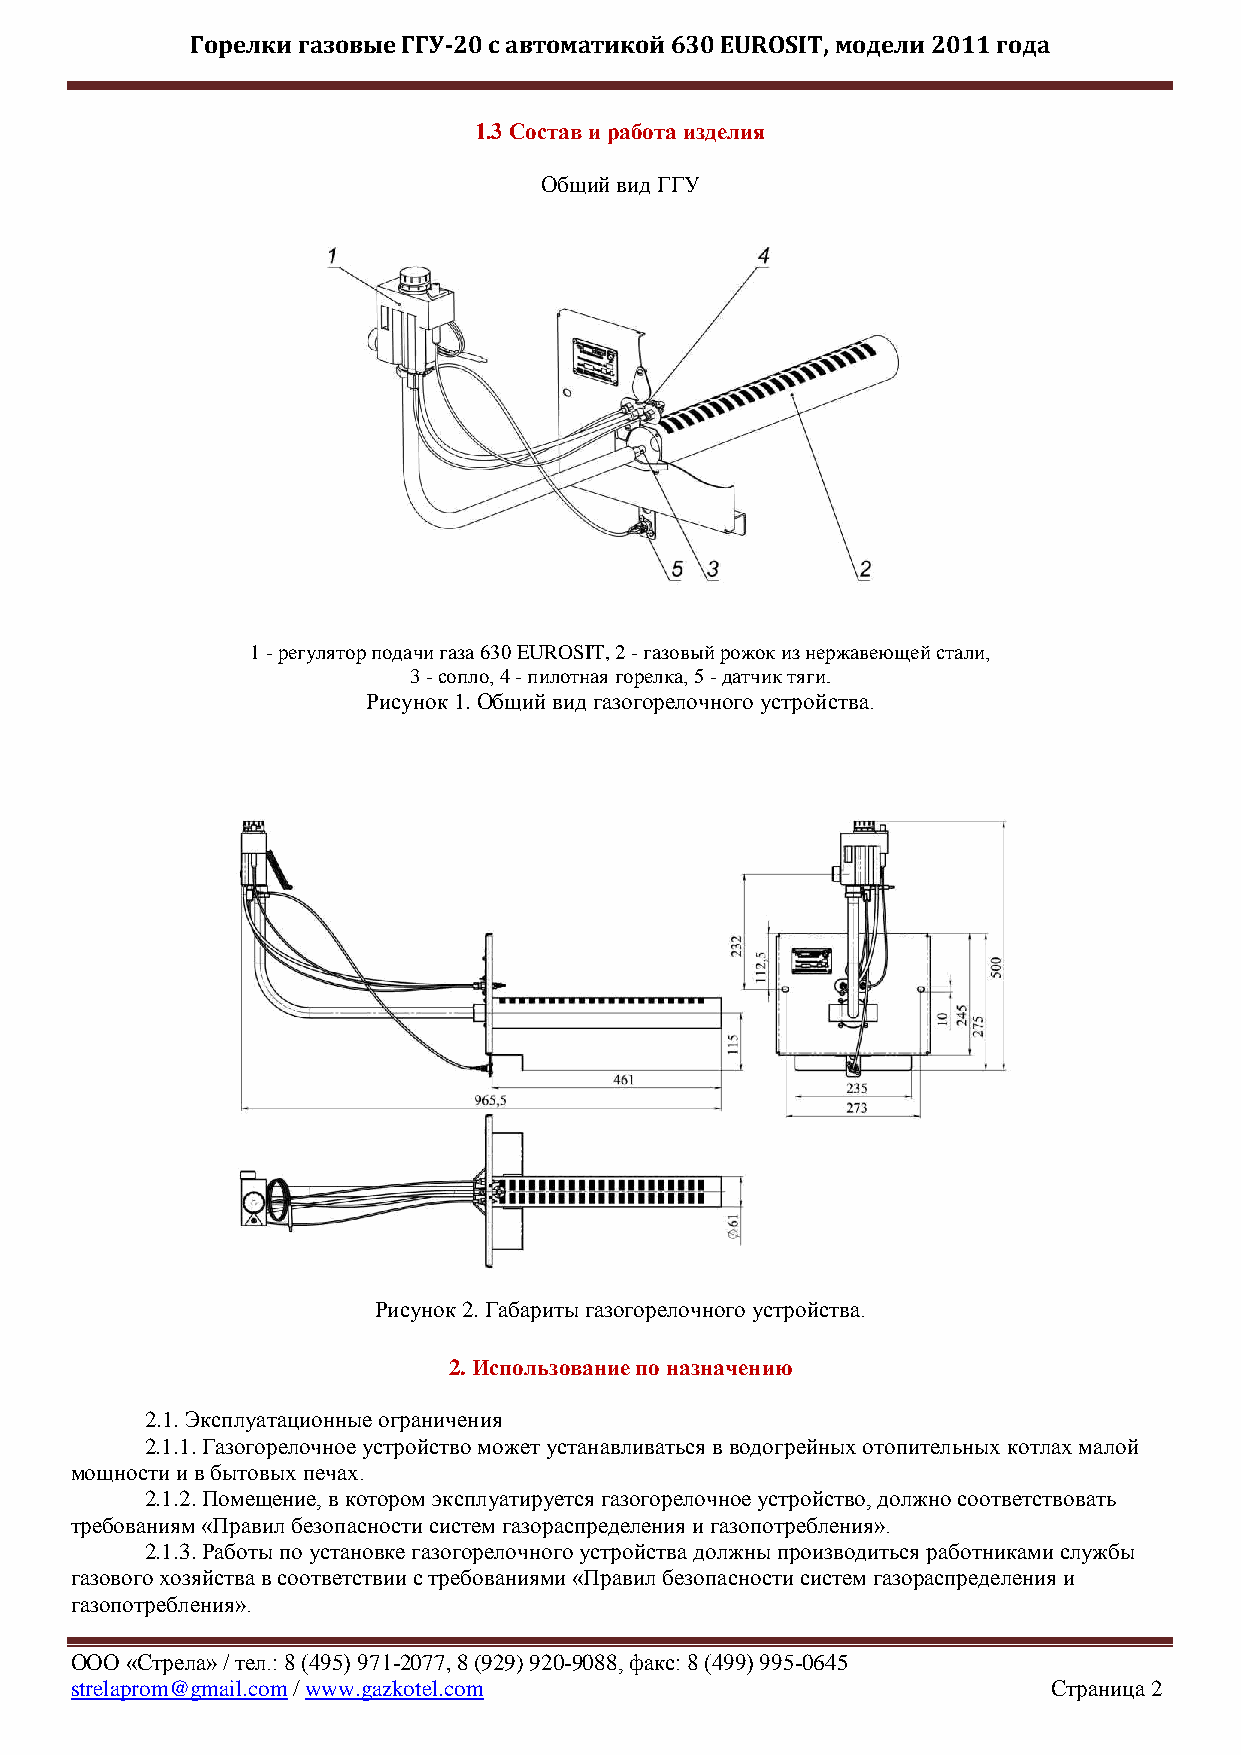
Горелки газовые ГГУ-20 с автоматикой 630 EUROSIT, модели 2011 года
 1.3 Состав и работа изделия
 Общий вид ГГУ
 1 - регулятор подачи газа 630 EUROSIT, 2 - газовый рожок из нержавеющей стали,
 3 - сопло, 4 - пилотная горелка, 5 - датчик тяги.
 Рисунок 1. Общий вид газогорелочного устройства.
 Рисунок 2. Габариты газогорелочного устройства.
 2. Использование по назначению
 2.1. Эксплуатационные ограничения
 2.1.1. Газогорелочное устройство может устанавливаться в водогрейных отопительных котлах малой
 мощности и в бытовых печах.
 2.1.2. Помещение, в котором эксплуатируется газогорелочное устройство, должно соответствовать
 требованиям «Правил безопасности систем газораспределения и газопотребления».
 2.1.3. Работы по установке газогорелочного устройства должны производиться работниками службы
 газового хозяйства в соответствии с требованиями «Правил безопасности систем газораспределения и
 газопотребления».
 ООО «Стрела» / тел.: 8 (495) 971-2077, 8 (929) 920-9088, факс: 8 (499) 995-0645
 strelaprom@gmail.com / www.gazkotel.com                          Страница 2